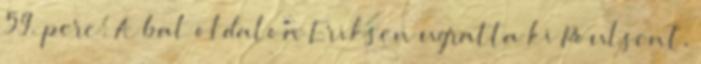
59. perc: A bal oldalon Eriksen ugratta ki Poulsent,